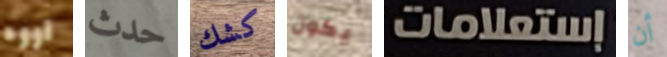
اووه حدث كشك يكون إستعلامات أن